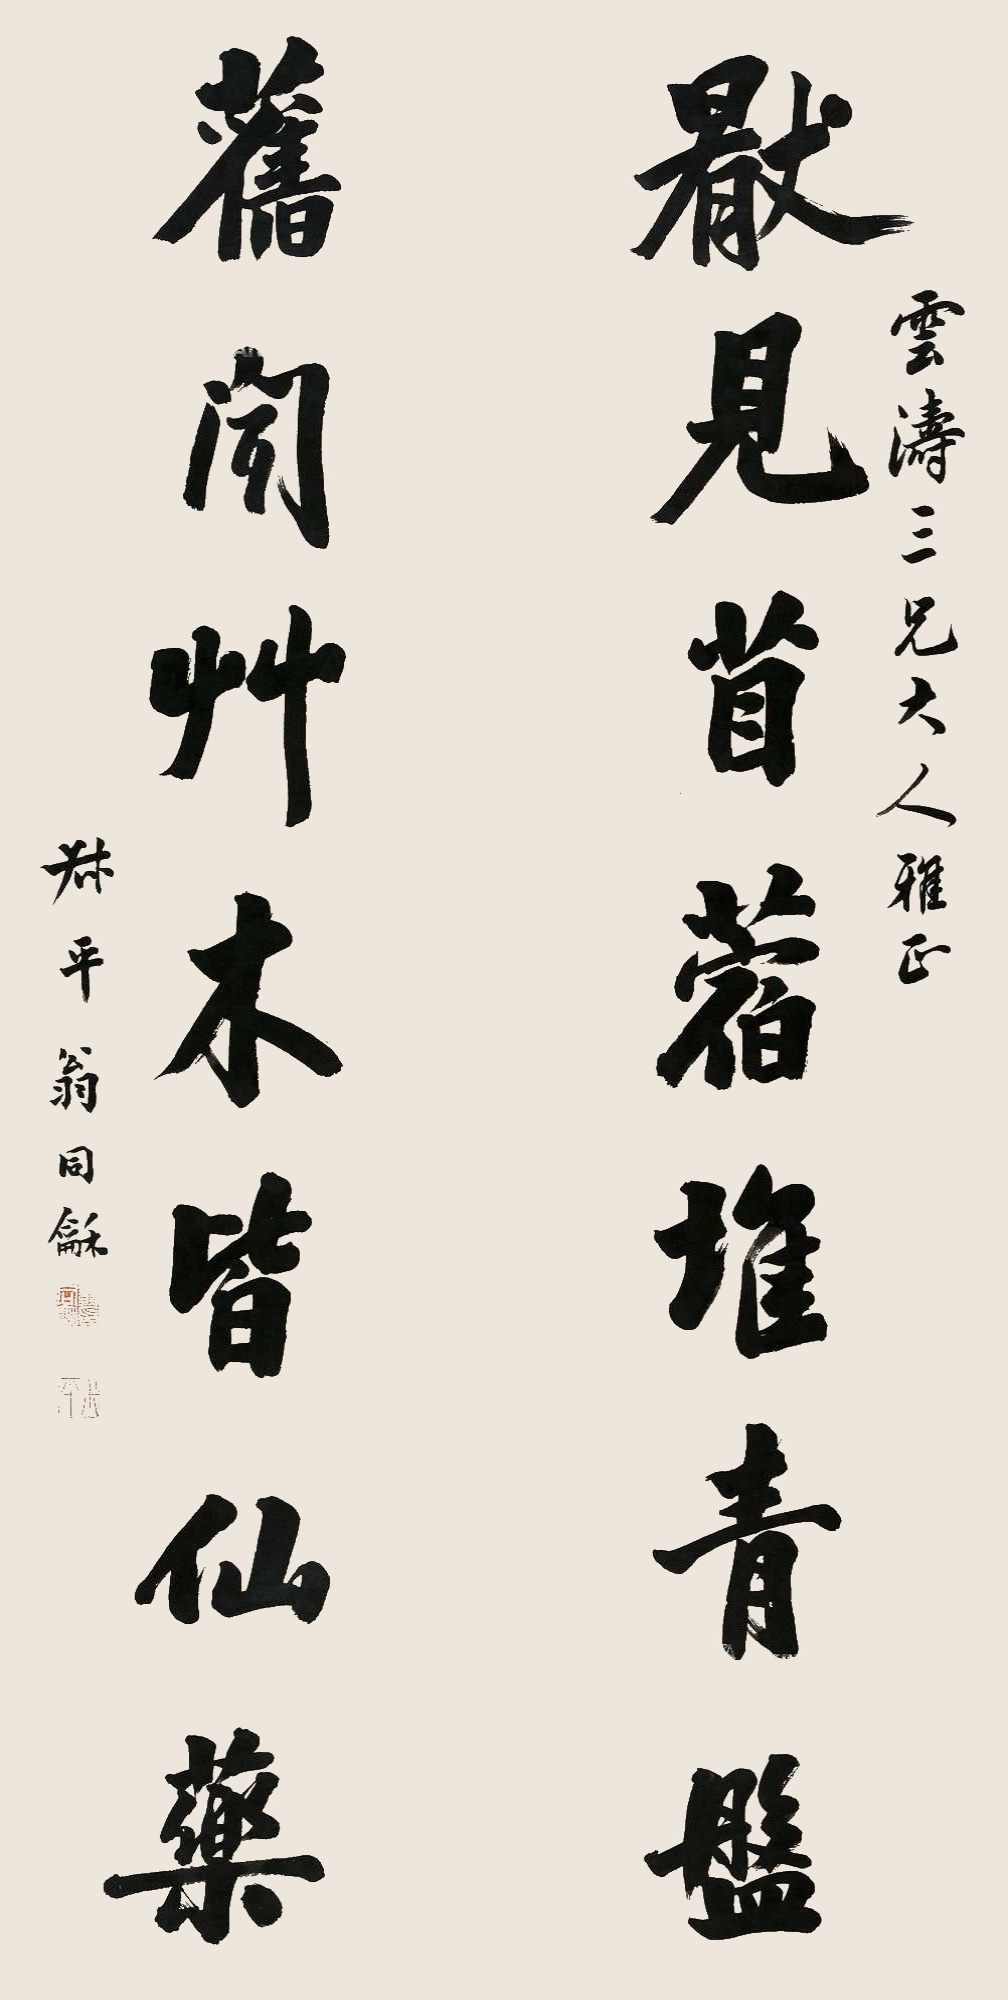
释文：厌见苜蓿堆青盘，旧闻草木皆仙药。云涛三兄大人雅正，叔平翁同龢。